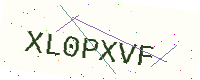
Text: XL0PXVF